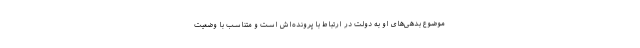
موضوع بدهی‌های او به دولت در ارتباط با پرونده‌اش است و متناسب با وضعیت